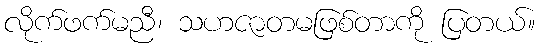
လိုက်ဖက်မညီ၊ သဟဇာတမဖြစ်တာကို ပြတယ်။